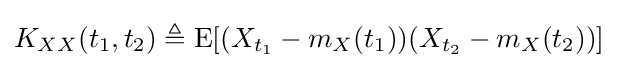
K_{XX}(t_{1},t_{2})\triangleq \operatorname {E} [(X_{t_{1}}-m_{X}(t_{1}))(X_{t_{2}}-m_{X}(t_{2}))]